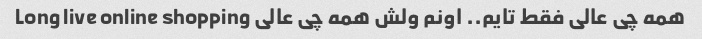
همه چی عالی فقط تایم.. اونم ولش همه چی عالی Long live online shopping